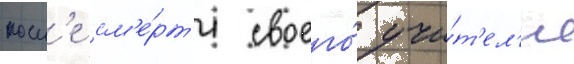
посл'е см'е́рт'и своего́ учи́т'ел'я